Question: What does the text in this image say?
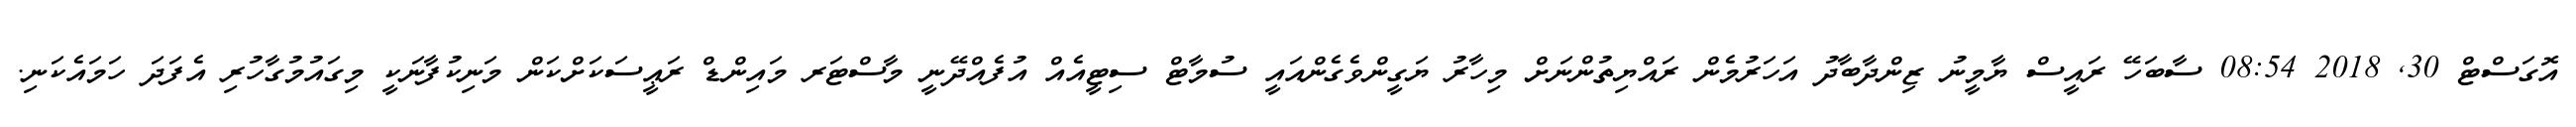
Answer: އޮގަސްޓް 30, 2018 08:54 ސާބަހޭ ރައީސް ޔާމީނު ޒިންދާބާދު އަހަރުމެން ރައްޔިތުންނަށް މިހާރު ޔަގީންވެގެންއައީ ސުމާޓް ސިޓީއެއް އުފެއްދޭނީ މާސްޓަރ މައިންޑް ރަޢީސަކަށްކަން މަނިކުފާނަކީ މިގައުމުގާހުރި އެފަދަ ހަމައެކަނި.